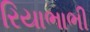
રિયાભાભી